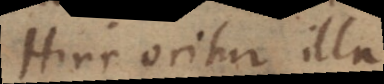
Hinc oritur illa